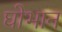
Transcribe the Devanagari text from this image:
घोभान